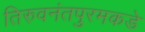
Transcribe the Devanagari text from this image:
तिरुवनंतपुरमकडे